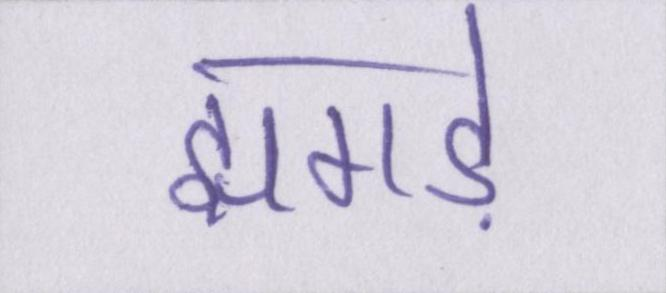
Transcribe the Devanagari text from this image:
झगड़े